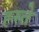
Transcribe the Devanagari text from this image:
ह्स्ते